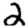
Digit: 2